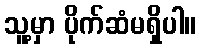
သူ့မှာ ပိုက်ဆံမရှိပါ။